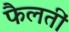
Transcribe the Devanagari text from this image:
फैलतीं